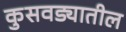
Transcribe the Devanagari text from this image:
कुसवड्यातील